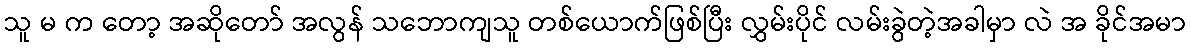
သူ မ က တော့ အဆိုတော် အလွန် သဘောကျသူ တစ်ယောက်ဖြစ်ပြီး လွှမ်းပိုင် လမ်းခွဲတဲ့အခါမှာ လဲ အ ခိုင်အမာ